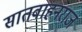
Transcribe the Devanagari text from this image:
सातवाहनराज